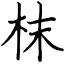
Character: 枺